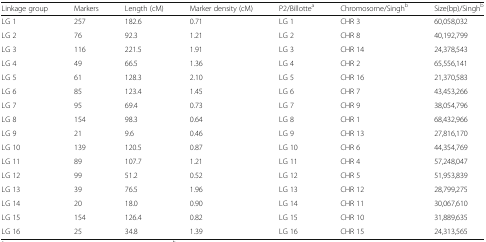
<table><thead><tr><td><b>Linkage group</b></td><td><b>Markers</b></td><td><b>Length (cM)</b></td><td><b>Marker density (cM)</b></td><td><b>P2/Billotte<sup>a</sup></b></td><td><b>Chromosome/Singh<sup>b</sup></b></td><td><b>Size(bp)/Singh<sup>b</sup></b></td></tr></thead><tbody><tr><td>LG 1</td><td>257</td><td>182.6</td><td>0.71</td><td>LG 1</td><td>CHR 3</td><td>60,058,032</td></tr><tr><td>LG 2</td><td>76</td><td>92.3</td><td>1.21</td><td>LG 2</td><td>CHR 8</td><td>40,192,799</td></tr><tr><td>LG 3</td><td>116</td><td>221.5</td><td>1.91</td><td>LG 3</td><td>CHR 14</td><td>24,378,543</td></tr><tr><td>LG 4</td><td>49</td><td>66.5</td><td>1.36</td><td>LG 4</td><td>CHR 2</td><td>65,556,141</td></tr><tr><td>LG 5</td><td>61</td><td>128.3</td><td>2.10</td><td>LG 5</td><td>CHR 16</td><td>21,370,583</td></tr><tr><td>LG 6</td><td>85</td><td>123.4</td><td>1.45</td><td>LG 6</td><td>CHR 7</td><td>43,453,266</td></tr><tr><td>LG 7</td><td>95</td><td>69.4</td><td>0.73</td><td>LG 7</td><td>CHR 9</td><td>38,054,796</td></tr><tr><td>LG 8</td><td>154</td><td>98.3</td><td>0.64</td><td>LG 8</td><td>CHR 1</td><td>68,432,966</td></tr><tr><td>LG 9</td><td>21</td><td>9.6</td><td>0.46</td><td>LG 9</td><td>CHR 13</td><td>27,816,170</td></tr><tr><td>LG 10</td><td>139</td><td>120.5</td><td>0.87</td><td>LG 10</td><td>CHR 6</td><td>44,354,769</td></tr><tr><td>LG 11</td><td>89</td><td>107.7</td><td>1.21</td><td>LG 11</td><td>CHR 4</td><td>57,248,047</td></tr><tr><td>LG 12</td><td>99</td><td>51.2</td><td>0.52</td><td>LG 12</td><td>CHR 5</td><td>51,953,839</td></tr><tr><td>LG 13</td><td>39</td><td>76.5</td><td>1.96</td><td>LG 13</td><td>CHR 12</td><td>28,799,275</td></tr><tr><td>LG 14</td><td>20</td><td>18.0</td><td>0.90</td><td>LG 14</td><td>CHR 11</td><td>30,067,610</td></tr><tr><td>LG 15</td><td>154</td><td>126.4</td><td>0.82</td><td>LG 15</td><td>CHR 10</td><td>31,889,635</td></tr><tr><td>LG 16</td><td>25</td><td>34.8</td><td>1.39</td><td>LG 16</td><td>CHR 15</td><td>24,313,565</td></tr></tbody></table>